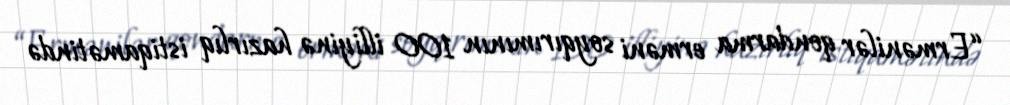
“Ermənilər qondarma erməni soyqırımının 100 illiyinə hazırlıq istiqamətində